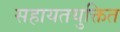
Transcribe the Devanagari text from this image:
सहायतयुक्तित